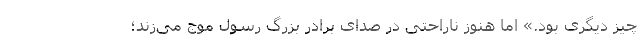
چیز دیگری بود.» اما هنوز ناراحتی در صدای برادر بزرگ رسول موج می‌زند؛